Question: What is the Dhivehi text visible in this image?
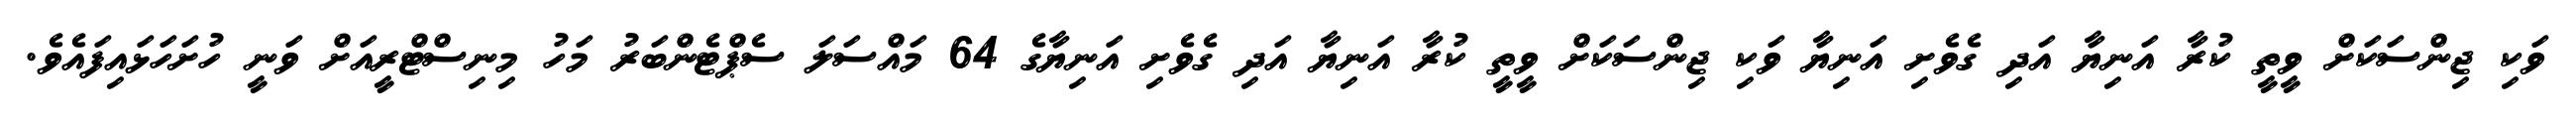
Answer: ވަކި ޖިންސަކަށް ވީތީ ކުރާ އަނިޔާ އަދި ގެވެށި އަނިޔާ ވަކި ޖިންސަކަށް ވީތީ ކުރާ އަނިޔާ އަދި ގެވެށި އަނިޔާގެ 64 މައްސަލަ ސެޕްޓެންބަރު މަހު މިނިސްޓްރީއަށް ވަނީ ހުށަހަޅައިފައެވެ.